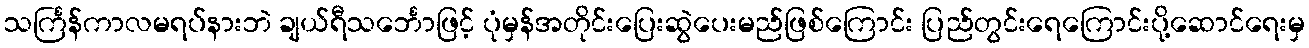
သင်္ကြန်ကာလမရပ်နားဘဲ ချယ်ရီသင်္ဘောဖြင့် ပုံမှန်အတိုင်းပြေးဆွဲပေးမည်ဖြစ်ကြောင်း ပြည်တွင်းရေကြောင်းပို့ဆောင်ရေးမှ